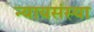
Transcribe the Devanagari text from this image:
न्यायसंस्या